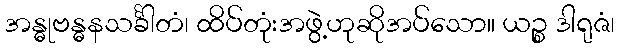
အန္ဓုဗန္ဓနသင်္ခါတံ၊ ထိပ်တုံးအဖွဲ့ဟုဆိုအပ်သော။ ယဉ္စ ဒါရုဇံ၊